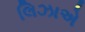
લિઝાએ